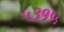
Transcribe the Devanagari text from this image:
५३१५